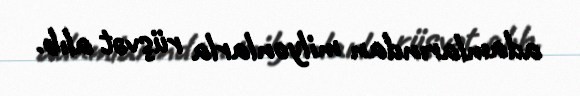
adamlarından milyonlarla rüşvət alıb.